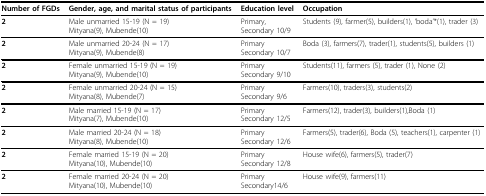
<table><thead><tr><td><b>Number of FGDs</b></td><td><b>Gender, age, and marital status of participants</b></td><td><b>Education level</b></td><td><b>Occupation</b></td></tr></thead><tbody><tr><td><b>2</b></td><td>Male unmarried 15-19 (N = 19)Mityana(9), Mubende(10)</td><td>Primary,Secondary 10/9</td><td>Students (9), farmer(5), builders(1), 'boda'*(1), trader (3)</td></tr><tr><td><b>2</b></td><td>Male unmarried 20-24 (N = 17)Mityana(9), Mubende(8)</td><td>PrimarySecondary 10/7</td><td>Boda (3), farmers(7), trader(1), students(5), builders (1)</td></tr><tr><td><b>2</b></td><td>Female unmarried 15-19 (N = 19)Mityana(9), Mubende(10)</td><td>PrimarySecondary 9/10</td><td>Students(11), farmers (5), trader (1), None (2)</td></tr><tr><td><b>2</b></td><td>Female unmarried 20-24 (N = 15)Mityana(8), Mubende(7)</td><td>PrimarySecondary 9/6</td><td>Farmers(10), traders(3), students(2)</td></tr><tr><td><b>2</b></td><td>Male married 15-19 (N = 17)Mityana(7), Mubende(10)</td><td>PrimarySecondary 12/5</td><td>Farmers(12), trader(3), builders(1),Boda (1)</td></tr><tr><td><b>2</b></td><td>Male married 20-24 (N = 18)Mityana(8), Mubende(10)</td><td>PrimarySecondary 12/6</td><td>Farmers(5), trader(6), Boda (5), teachers(1), carpenter (1)</td></tr><tr><td><b>2</b></td><td>Female married 15-19 (N = 20)Mityana(10), Mubende(10)</td><td>PrimarySecondary 12/8</td><td>House wife(6), farmers(5), trader(7)</td></tr><tr><td><b>2</b></td><td>Female married 20-24 (N = 20)Mityana(10), Mubende(10)</td><td>PrimarySecondary14/6</td><td>House wife(9), farmers(11)</td></tr></tbody></table>